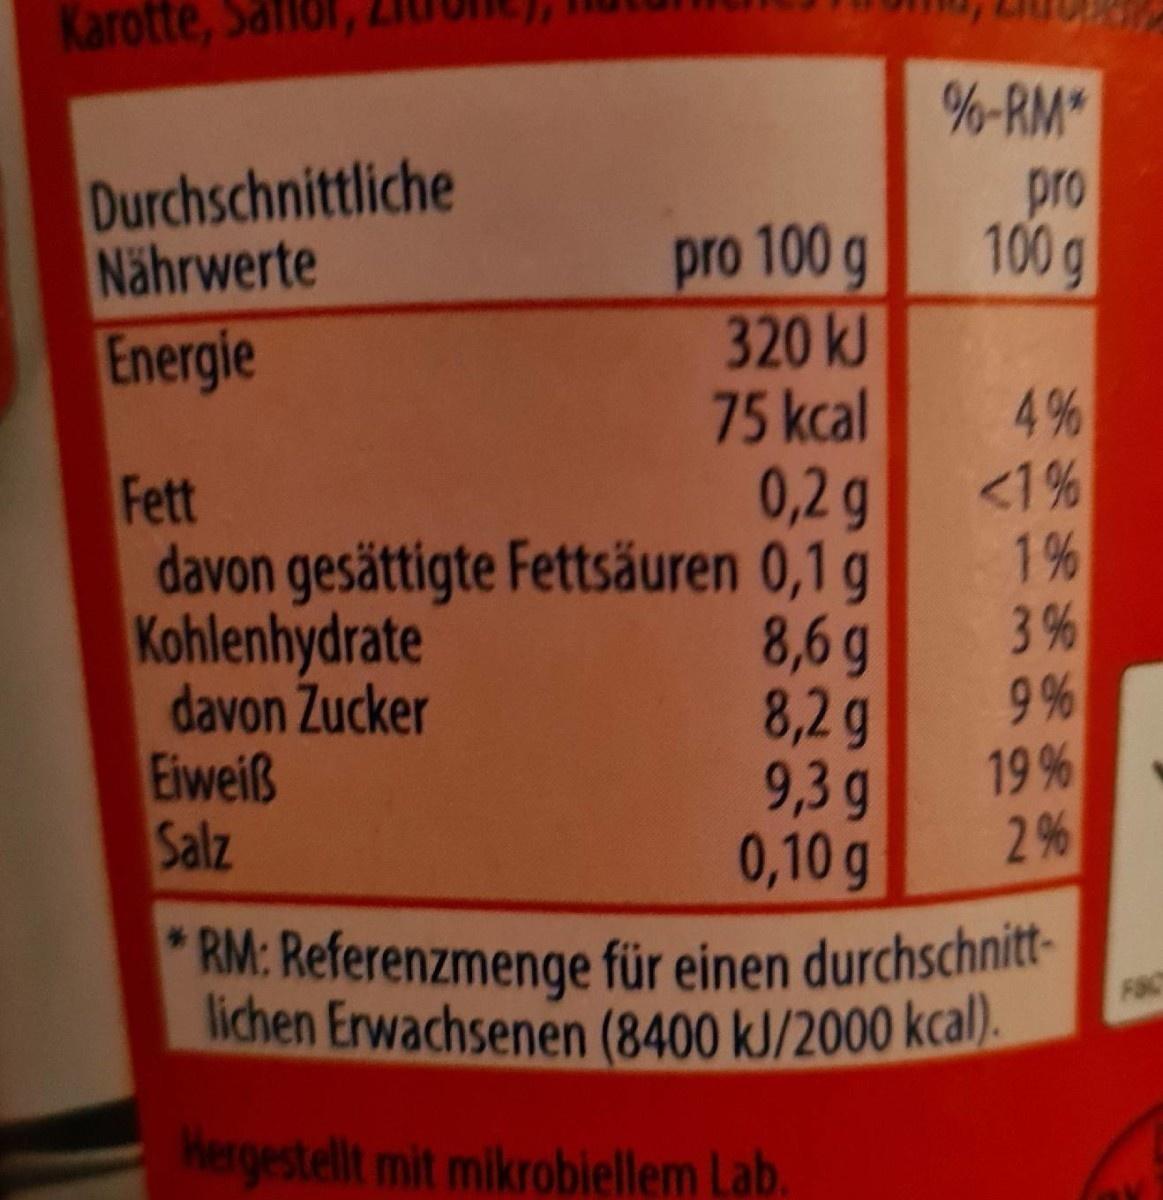
Karotte, Saflor
%-RM"
Durchschnittliche Nährwerte Energie
pro 100g
pro 100 g 320kJ 75kcal 0,2g davon gesättigte Fettsäuren 0,1 g 8,6 g 8,2g 9,3g 0,10g
4%
<1% 1% 3 % 9 %
Fett
Kohlenhydrate davon Zucker Eiweiß Salz
19%
2 %
*RM: Referenzmenge für einen durchschnitt-
FBC
lichen Erwachsenen (8400 kJ/2000 kcal).
Hergestellt mit mikrobiellem Lab.